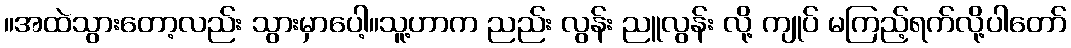
။အထဲသွားတော့လည်း သွားမှာပေါ့။သူ့ဟာက ညည်း လွန်း ညူလွန်း လို့ ကျုပ် မကြည့်ရက်လို့ပါတော်